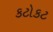
કટોકટ